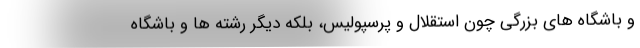
و باشگاه های بزرگی چون استقلال و پرسپولیس، بلکه دیگر رشته ها و باشگاه